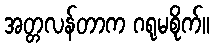
အတ္တလန်တာက ဂရုမစိုက်။